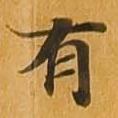
有